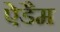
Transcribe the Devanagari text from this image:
ऐडैम